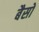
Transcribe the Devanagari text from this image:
बैसो